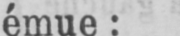
émue: